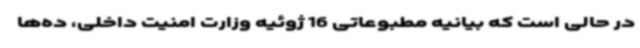
در حالی است که بیانیه مطبوعاتی 16 ژوئیه وزارت‌ امنیت داخلی، ده‌ها